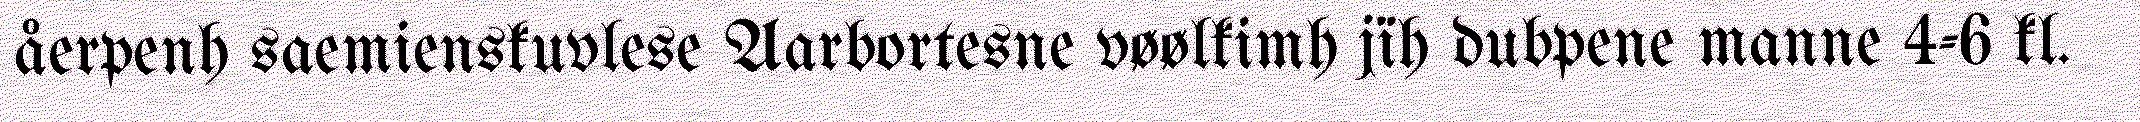
åerpenh saemienskuvlese Aarbortesne vøølkimh jïh dubpene manne 4-6 kl.